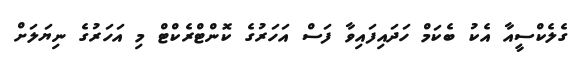
ގެލެކްސީއާ އެކު ބެކަމް ހަދައިފައިވާ ފަސް އަހަރުގެ ކޮންޓްރެކްޓް މި އަހަރުގެ ނިޔަލަށް